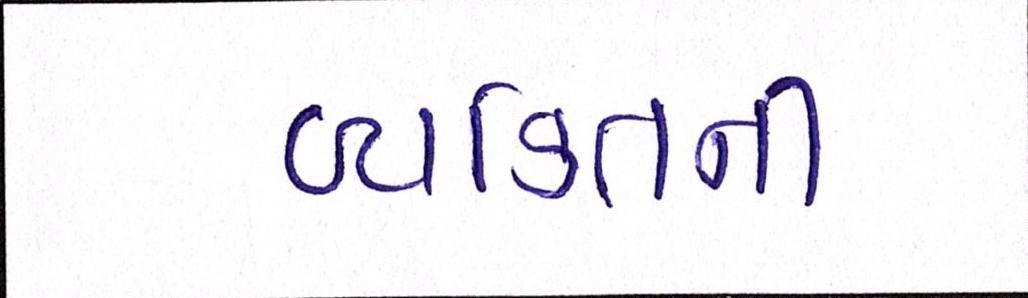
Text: વ્યકિતની